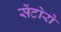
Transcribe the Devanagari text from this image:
सेंटोरो